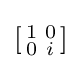
\left[{\begin{smallmatrix}1&0\\0&i\\\end{smallmatrix}}\right]